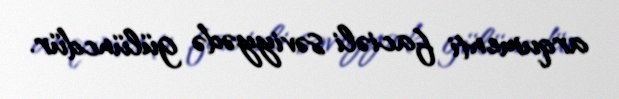
arqumenti faciəli səviyyədə gülüncdür.